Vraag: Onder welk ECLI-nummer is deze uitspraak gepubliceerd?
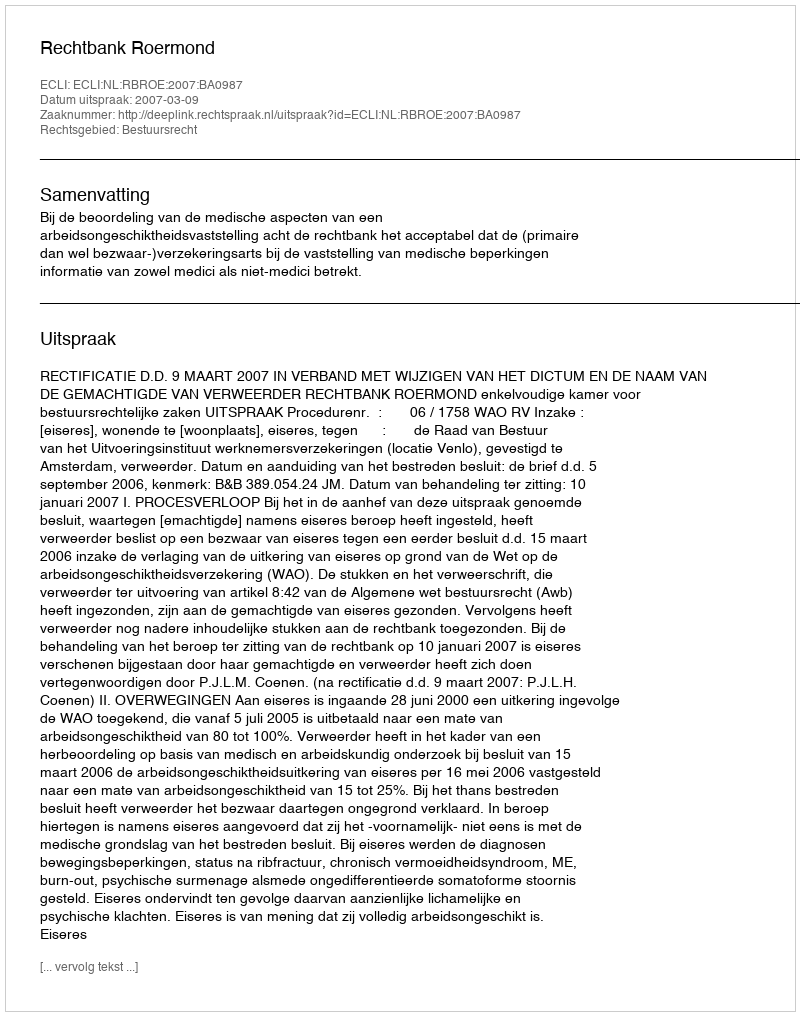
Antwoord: ECLI:NL:RBROE:2007:BA0987